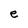
Character: e